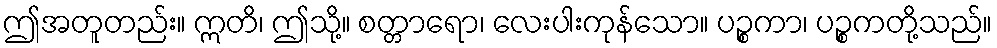
ဤအတူတည်း။ ဣတိ၊ ဤသို့။ စတ္တာရော၊ လေးပါးကုန်သော။ ပဉ္စကာ၊ ပဉ္စကတို့သည်။